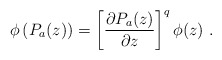
\begin{align*}\phi \left( P_a(z)\right) =\left[ \frac{\partial P_a(z)}{\partial z}\right] ^q\phi (z)\ .\end{align*}